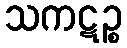
သကဋဉ္စ